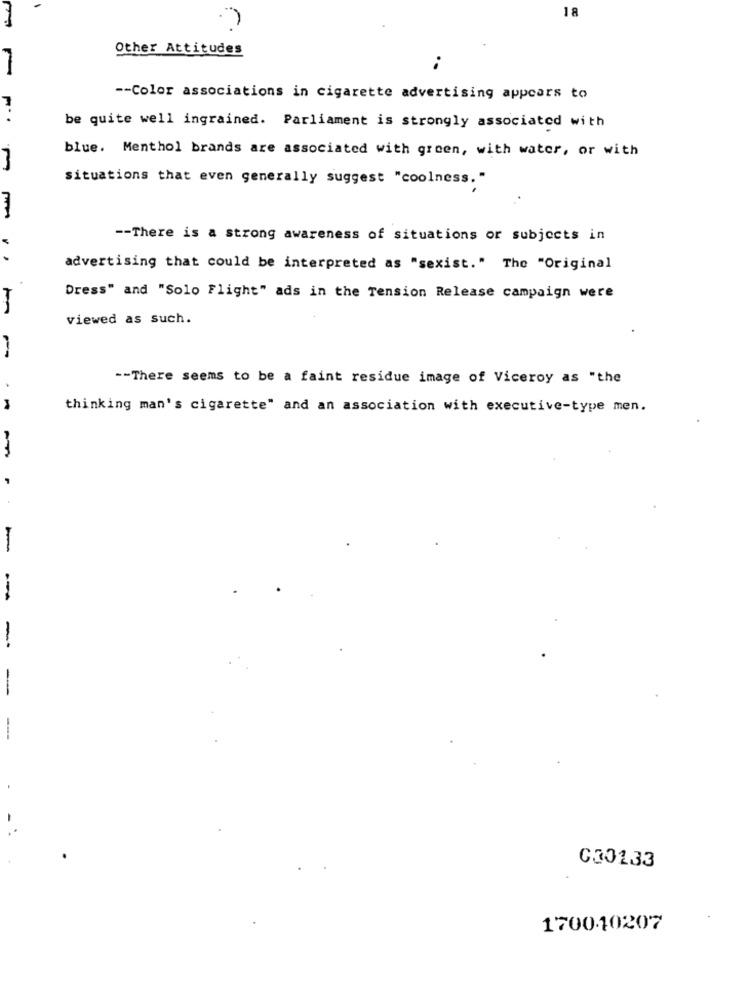
18
Other Attitudes
-- Color associations in cigarette advertising appears to
be quite well ingrained. Parliament is strongly associated with
blue. Menthol brands are associated with green, with water, or with
situations that even generally suggest "coolness."
-- There is a strong awareness of situations or subjects in
advertising that could be interpreted as "sexist." The "Original
Dress" and "Solo Flight" ads in the Tension Release campaign were
viewed as such.
--
-- There seems to be a faint residue image of Viceroy as "the
thinking man's cigarette" and an association with executive-type men.
--
-
-
030133
170010207